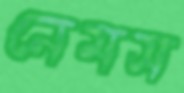
নেমস